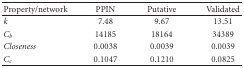
| Property/network | PPIN | Putative | Validated |
 | --- | --- | --- | --- |
 | k | 7.48 | 9.67 | 13.51 |
 | Cb | 14185 | 18164 | 34389 |
 | Closeness | 0.0038 | 0.0039 | 0.0039 |
 | Cc | 0.1047 | 0.1210 | 0.0825 |